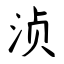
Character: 浈